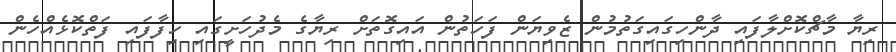
ރިޔާ މާޗްކޮށްލާފައި ދާންހިގައިގަތުމުން ޒެވިޔަން ފަހަތުން އައިގޮތަށް ރިޔާގެ މެދުހަށީގައި ހިފާފައި ފަތްކޮޅެއްހެން